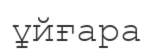
ұйғара